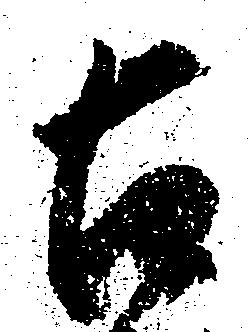
古